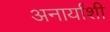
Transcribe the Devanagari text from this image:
अनार्यांशी